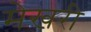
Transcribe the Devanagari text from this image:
मेखरी